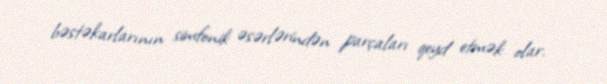
bəstəkarlarının simfonik əsərlərindən parçaları qeyd etmək olar.